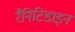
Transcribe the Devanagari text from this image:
रैनिटिडाइन